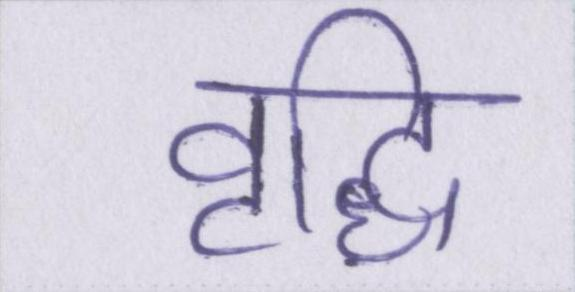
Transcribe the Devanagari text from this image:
वृद्धि